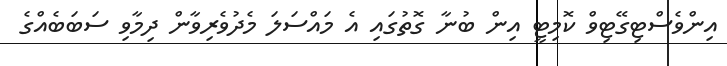
އިންވެސްޓިގޭޓިވް ކޮމިޓީ އިން ބުނާ ގޮތުގައި އެ މައްސަލަ މެދުވެރިވާން ދިމާވި ސަބަބެއްގެ